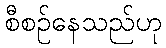
စီစဉ်နေသည်ဟု